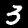
Digit: 3